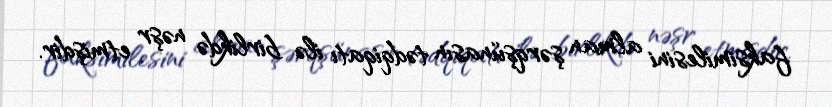
faksimilesini alman şərqşünasın tədqiqatı ilə birlikdə nəşr etmişdir.